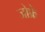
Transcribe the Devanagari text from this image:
जोफ्रे